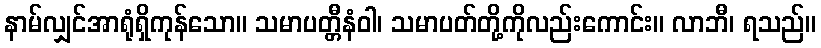
နာမ်လျှင်အာရုံရှိကုန်သော။ သမာပတ္တီနံဝါ၊ သမာပတ်တို့ကိုလည်းကောင်း။ လာဘီ၊ ရသည်။